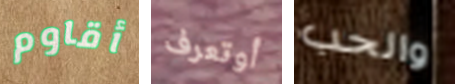
أقاوم أوتعرف والحب